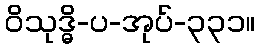
ဝိသုဒ္ဓိ-ပ-အုပ်-၃၃၁။